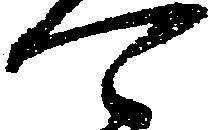
可